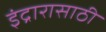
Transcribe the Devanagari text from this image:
इंद्रारासाठी